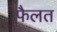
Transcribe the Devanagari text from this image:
फैलत